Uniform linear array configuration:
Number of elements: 24
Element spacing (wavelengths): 0.75
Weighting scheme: kaiser
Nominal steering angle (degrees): -15
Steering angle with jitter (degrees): -16.085
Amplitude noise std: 0.05
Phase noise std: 0.05

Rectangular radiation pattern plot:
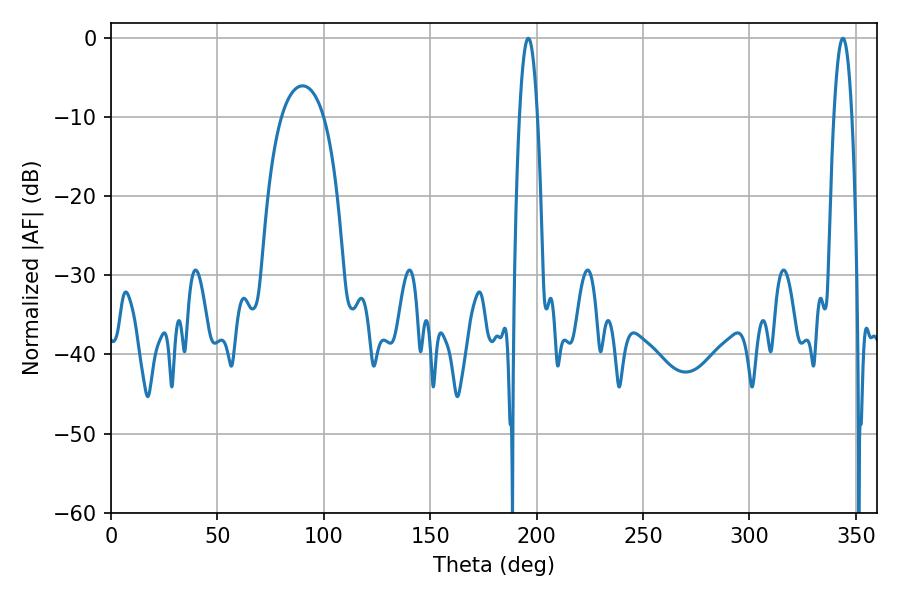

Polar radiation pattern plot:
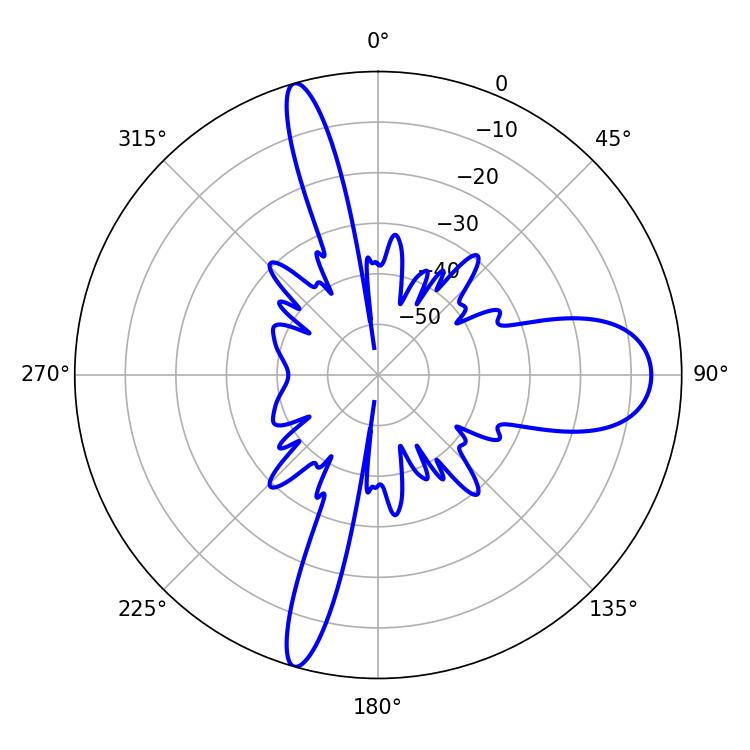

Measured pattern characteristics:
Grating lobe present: TRUE
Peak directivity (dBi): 18.432
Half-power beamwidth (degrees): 4.5
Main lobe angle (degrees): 196.02